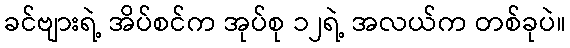
ခင်ဗျားရဲ့ အိပ်စင်က အုပ်စု ၁၂ရဲ့ အလယ်က တစ်ခုပဲ။